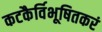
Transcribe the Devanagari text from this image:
कटकैर्विभूषितकरं